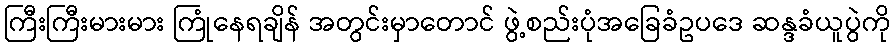
ကြီးကြီးမားမား ကြုံနေရချိန် အတွင်းမှာတောင် ဖွဲ့စည်းပုံအခြေခံဥပဒေ ဆန္ဒခံယူပွဲကို